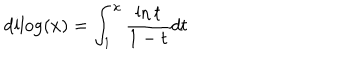
LaTeX: \mathrm { d i l o g } ( x ) = \int _ { 1 } ^ { x } { \frac { \ln { t } } { 1 - t } } d t